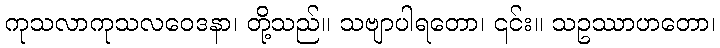
ကုသလာကုသလဝေဒနာ၊ တို့သည်။ သဗျာပါရတော၊ ၎င်း။ သဥဿာဟတော၊